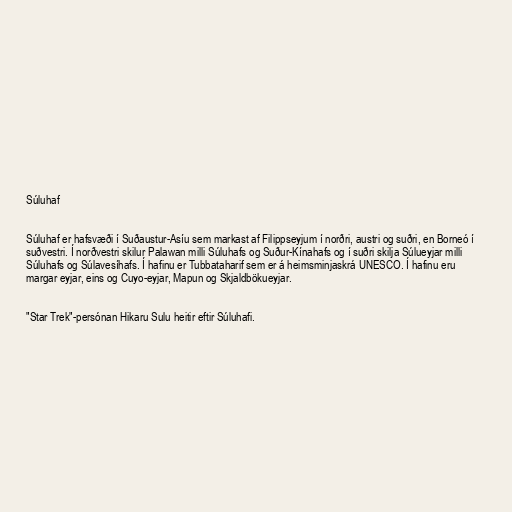
Súluhaf

Súluhaf er hafsvæði í Suðaustur-Asíu sem markast af Filippseyjum í norðri, austri og suðri, en Borneó í
suðvestri. Í norðvestri skilur Palawan milli Súluhafs og Suður-Kínahafs og í suðri skilja Súlueyjar milli
Súluhafs og Súlavesíhafs. Í hafinu er Tubbataharif sem er á heimsminjaskrá UNESCO. Í hafinu eru
margar eyjar, eins og Cuyo-eyjar, Mapun og Skjaldbökueyjar.

"Star Trek"-persónan Hikaru Sulu heitir eftir Súluhafi.